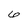
Character: 6